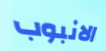
الانبوب